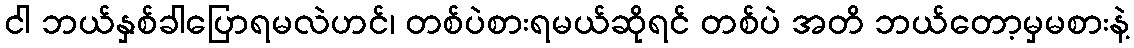
ငါ ဘယ်နှစ်ခါပြောရမလဲဟင်၊ တစ်ပဲစားရမယ်ဆိုရင် တစ်ပဲ အတိ ဘယ်တော့မှမစားနဲ့